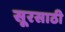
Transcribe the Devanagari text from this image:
सूरसाठी